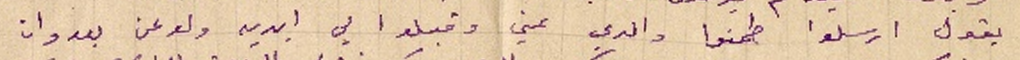
يقول ارسلوا طمنوا والدي عني وقبلوا لي ايديه ولو عن بعد وان